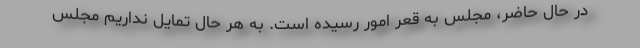
در حال حاضر، مجلس به قعر امور رسیده است. به هر حال تمایل نداریم مجلس